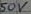
Text: 50V